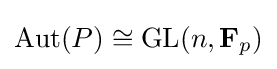
\operatorname {Aut} (P)\cong \mathrm {GL} (n,\mathbf {F} _{p})